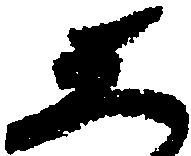
し